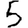
Digit: 5